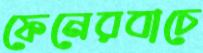
ফেনেরবাচে